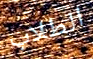
الطلاب